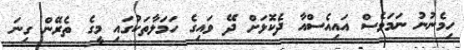
ހިމެނުނު ނަމަވެސް އައިއެސްއާ ދެކޮޅަށް ދޭ ވައިގެ ހަމަލާތަކުގައި މީގެ ތެރޭން ގިނަ